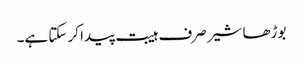
بوڑھا شیر صرف ہیبت پیدا کر سکتا ہے۔